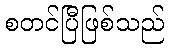
စတင်ပြီဖြစ်သည်